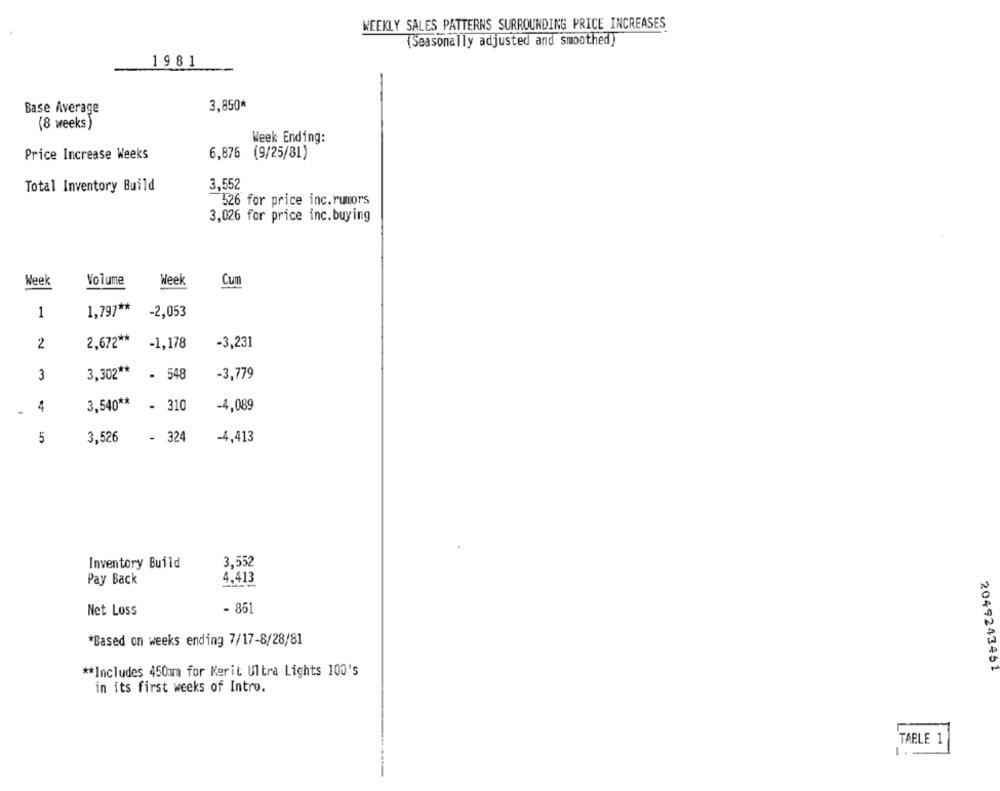
WEEKLY SALES PATTERNS SURROUNDING PRICE INCREASES
[Seasonally adjusted and smoothed)
1981
Base Average
3,850*
(8 weeks)
Week Ending:
Price Increase Weeks
6,876 (9/25/81)
Total Inventory Build
3,552
526 for price inc.rumors
3,026 for price inc.buying
Week
Volume
Week
Cum
1
1.797 **
-2,053
2
2,672 **
-1,178
-3,231
3
3,302 **
- 548
-3,779
4
3.540 **
- 310
-4,089
5
3,526
- 324
-4,413
Inventory Build
3,552
4,413
Pay Back
- 851
Net Loss
*Based on weeks ending 7/17-8/28/81
** Includes 450mm for Kerit Ultra Lights 100's
2049243451
in its first weeks of Intro.
TABLE 1